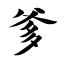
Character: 爹